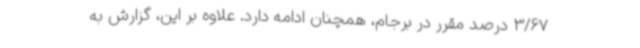
3/67 درصد مقرر در برجام، همچنان ادامه دارد. علاوه بر این، گزارش به